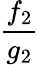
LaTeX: \frac{f_{2}}{g_{2}}